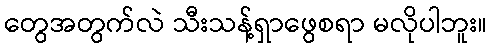
တွေအတွက်လဲ သီးသန့်ရှာဖွေစရာ မလိုပါဘူး။